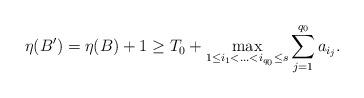
LaTeX: \begin{align*}\eta(B^{\prime})=\eta(B)+1\ge T_0+\max_{1 \le i_1<\ldots<i_{q_0} \le s} \sum_{j=1}^{q_0} a_{i_j}. \end{align*}